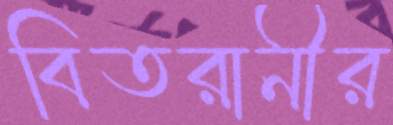
বিতরানীর